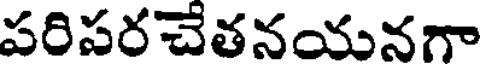
పరిపరచేతనయనగా